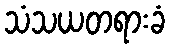
သံသယတရားခံ